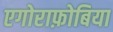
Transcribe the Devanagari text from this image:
एगोराफ़ोबिया